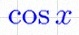
\cos x